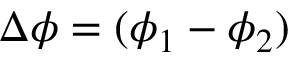
\Delta \phi = ( \phi _ { 1 } - \phi _ { 2 } )